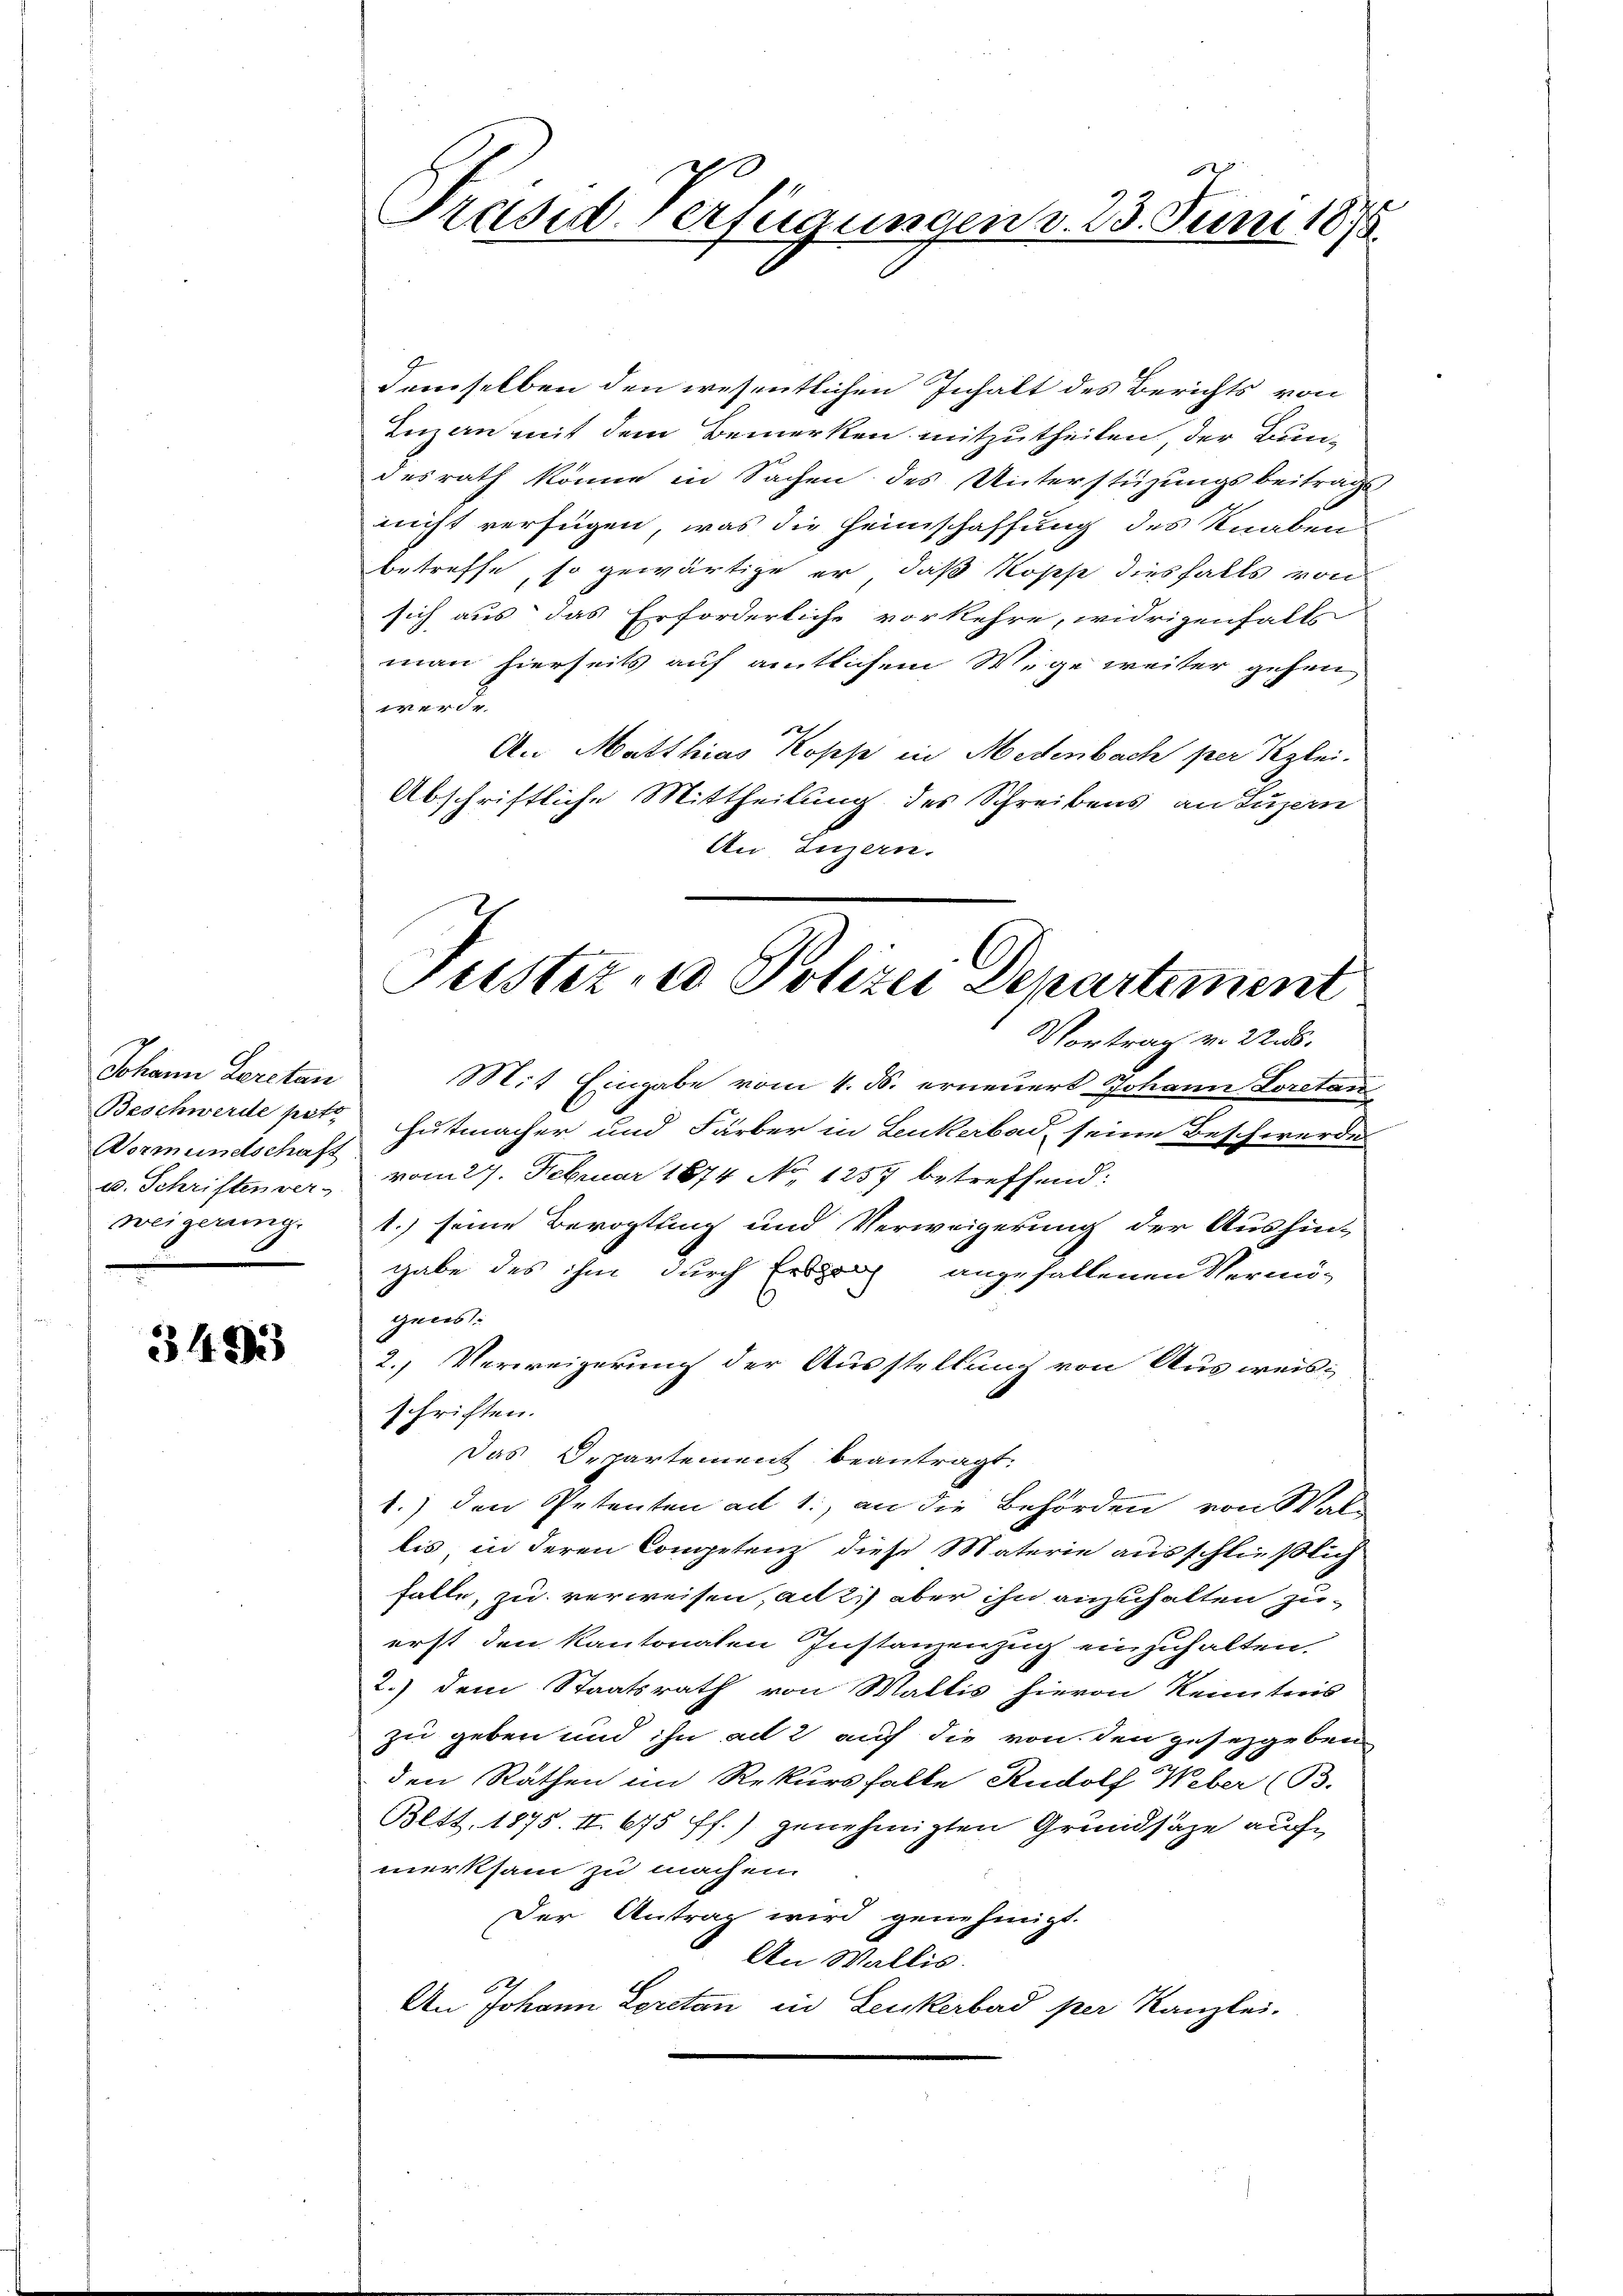
Johann Leretan
Vormundschaft
u. Schriften ver-
weigerung.

343

Präsid-Verfügungen v. 23. Juni 1875

demselben den wesentlichen Inhalt des Berichts von
Inzen mit dem Bemerken mitzutheilen, der Bun-
desrath könne in Sachen des Unterstüzungsbeitrags
nicht verfügen, was die Heimschaffung des Knaben
betreffe, so gewärtige er, daß Kopp diesfalls von
sich aus das Erforderliche vorkehre, widrigenfalls
man hierseits auf amtlichem Wege weiter gehen
werde.

An Matthias Koses in Medenbach per Kzlei.
Abschriftliche Mittheilung des Schreibens an Luzern
An Luzern.

Justiz in Polizei Departement
Vortrag v. 225.

Mit Eingabe vom 4. ds. erneuert Johann Lorstan
Beschwerde par Hutmacher und Färber in Leukerbad, seine Beschwerde
vom 27. Februar 1874 No 1257 betreffend:
1.) seine Bevogtling und Verweigerung der Aushin-
gabe des ihm durch Ersprich angefallenen Vermögens.
2. Verweigerung der Ausstellung von Ausweis-
schriften.
Das Departement beantragt.
1.) den Petenten ad 1., an die Behörden von Wallis, in deren Competenz diese Materie ausschließlich
falle, zu verweisen, ad 2.) aber ihn anzuhalten zuerst den Kantonalen Instanzenzug einzuhalten.
2.) dem Staatsrath von Wallis hievon Kenntnis
zu geben und ihn ad 2 auf die von den gesetzgeben
den Räthen im Rekursfalle Rudolf Weber (B.
Bett. 1875. II. 675 ff.) genehmigten Grundsätze auch
merksam zu machen.
Der Antrag wird genehmigt.
An Wallis.
An Johann Loretan in Leukerbad per Kanzlei.